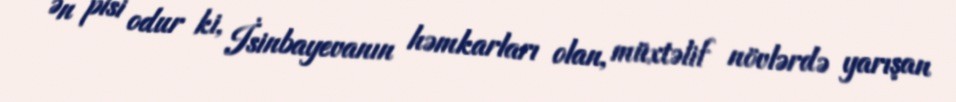
Ən pisi odur ki, İsinbayevanın həmkarları olan, müxtəlif növlərdə yarışan